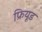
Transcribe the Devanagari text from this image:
फ्रियूड